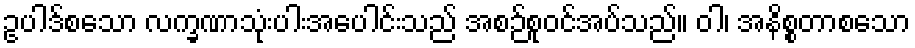
ဥပါဒ်စသော လက္ခဏာသုံးပါးအပေါင်းသည် အစဉ်စုဝင်အပ်သည်။ ဝါ၊ အနိစ္စတာစသော